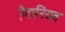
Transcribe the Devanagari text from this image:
हैवानियत